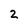
Character: 2